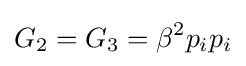
G_{2}=G_{3}=\beta ^{2}p_{i}p_{i}